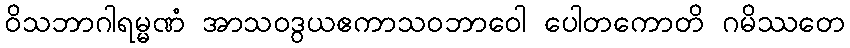
ဝိသဘာဂါရမ္မဏံ အာသဝဒွယဧကာသဝဘာဝေါ ပေါတကောတိ ဂမိဿတေ